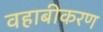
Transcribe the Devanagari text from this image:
वहाबीकरण